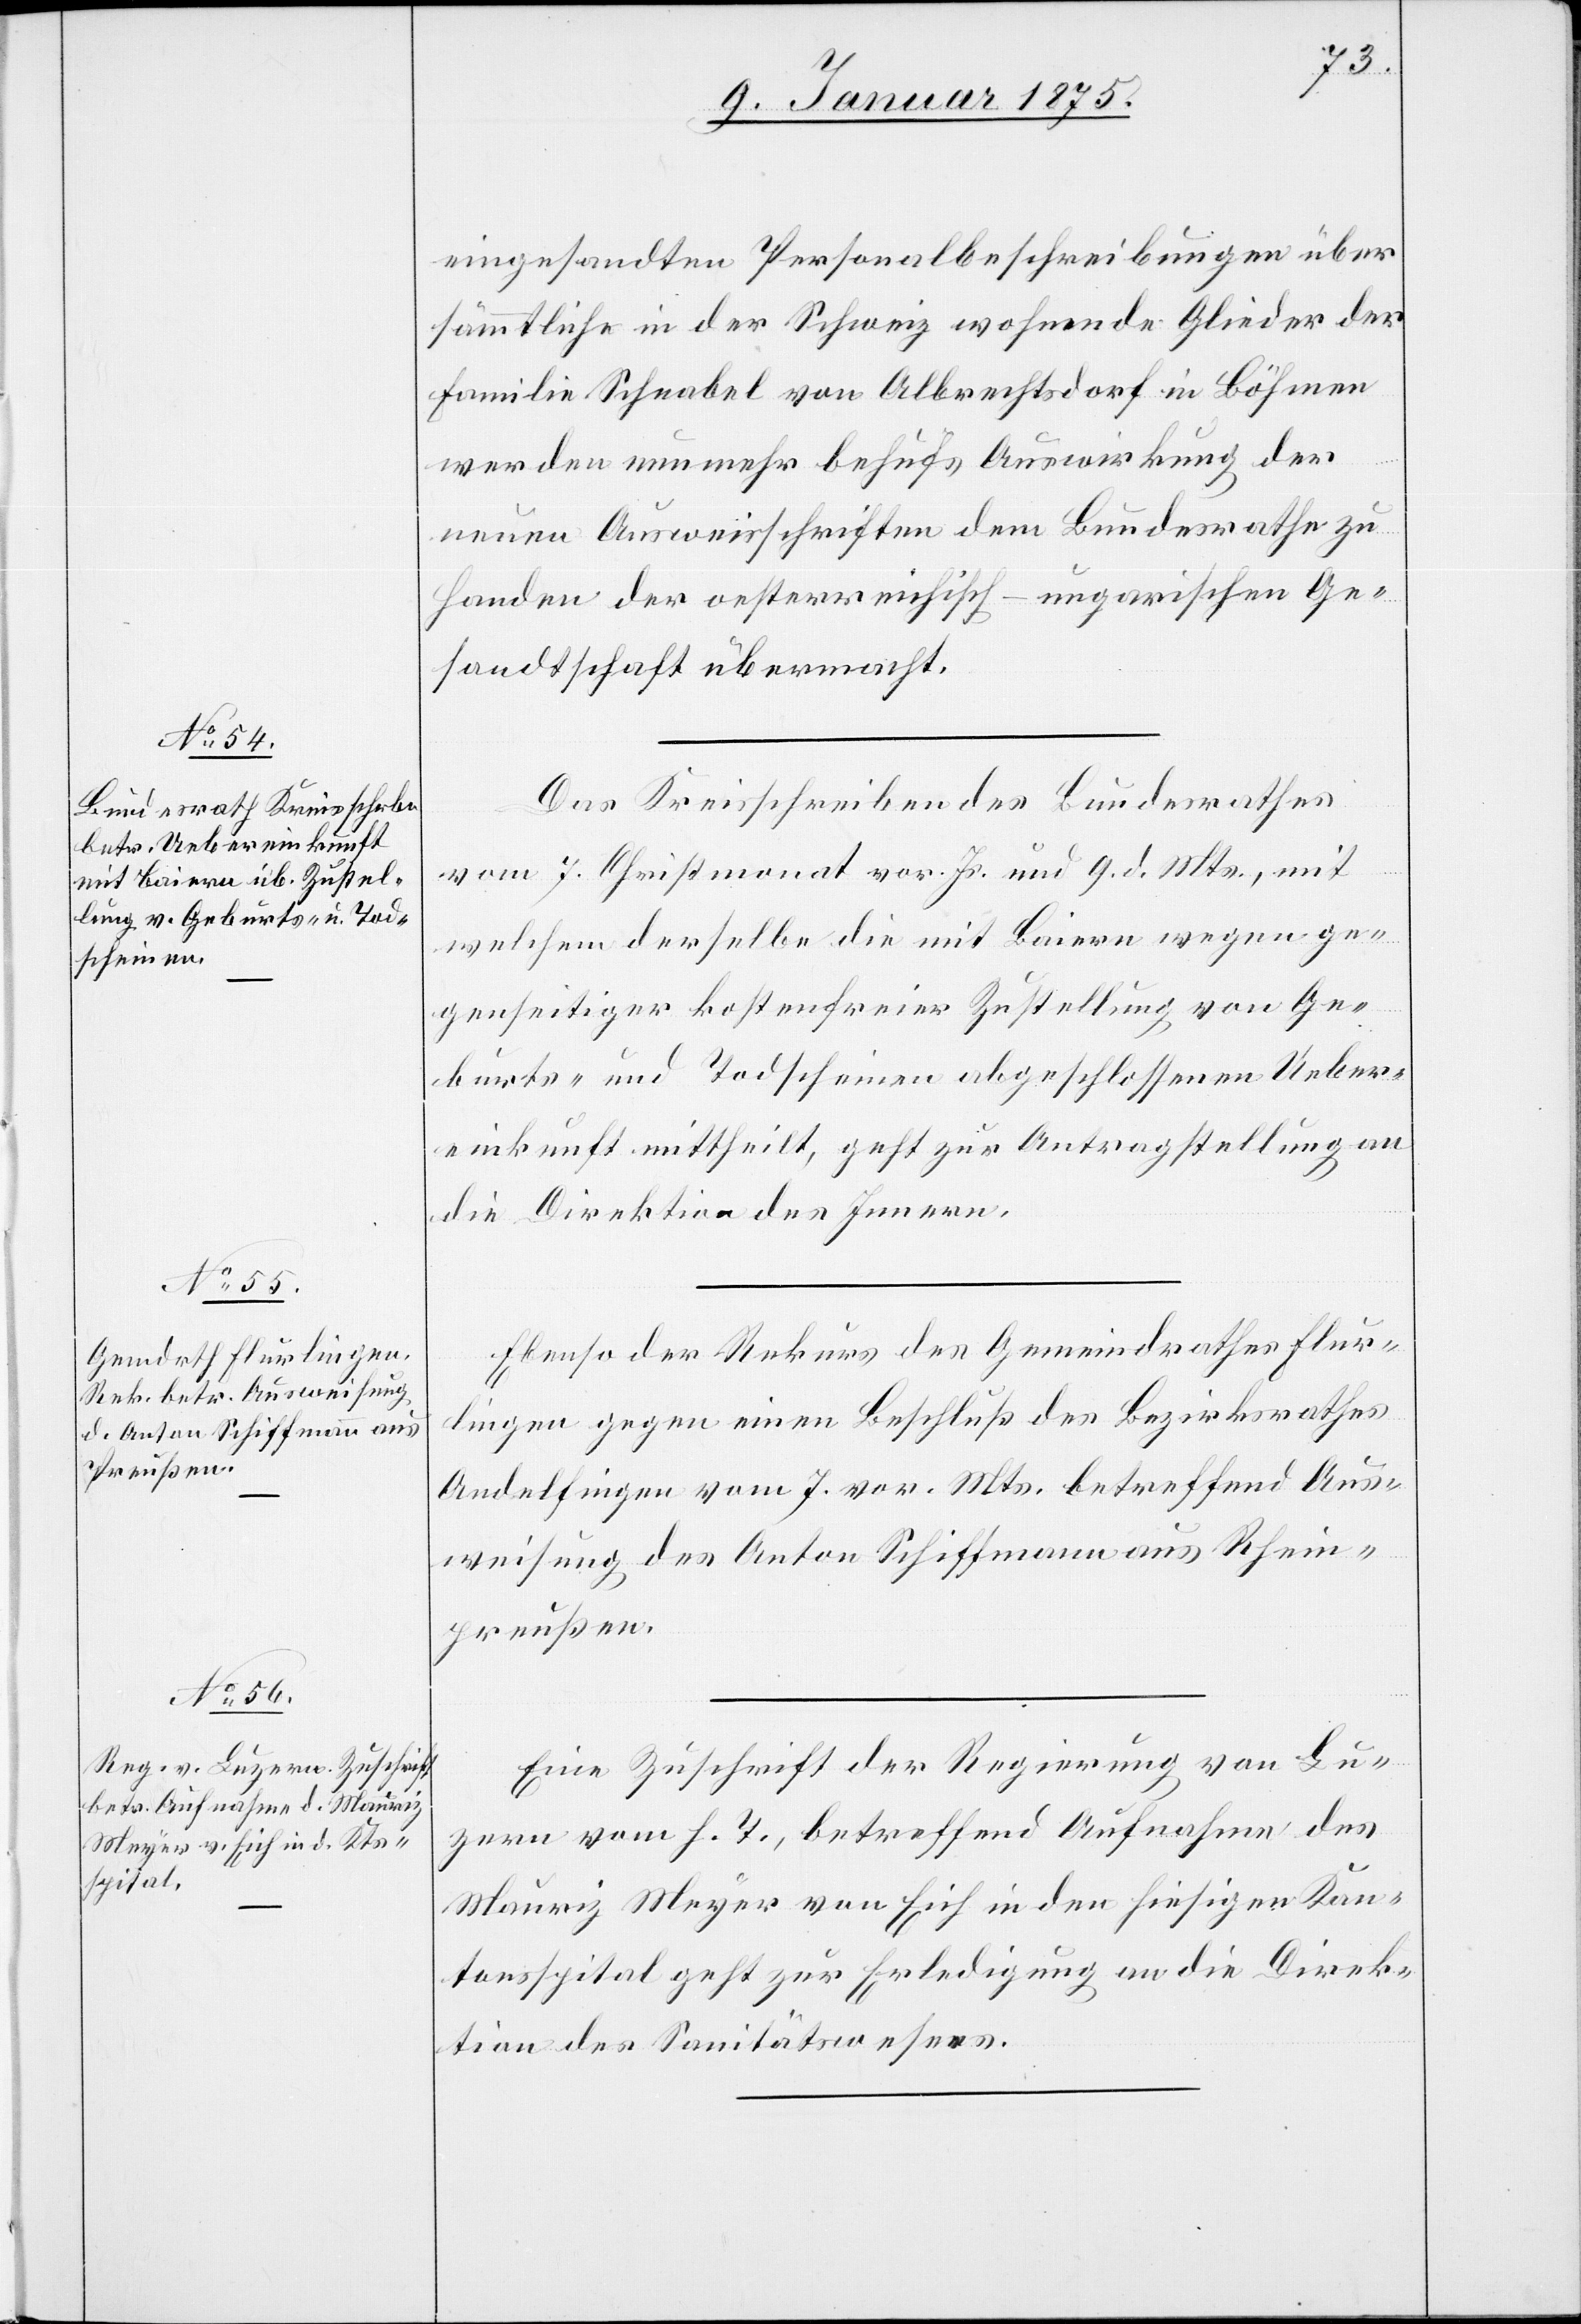
11. Januar 1875.]
eingesandten Personalbeschreibungen über
sämmtliche in der Schweiz wohnende Glieder der
Familie Schnabel von Albrechtsdorf in Böhmen
werden nunmehr behufs Auswirkung der
neuen Ausweisschriften dem Bundesrathe zu
Handen der oesterreichisch-ungarischen Ge¬
sandtschaft übermacht.
Das Kreisschreiben des Bundesrathes
vom 7. Christmonat vor. Js. und 9. d. Mts., mit
welchem derselbe die mit Baiern wegen ge¬
genseitiger kostenfreier Zustellung von Ge¬
burts- und Todscheinen abgeschlossenen Ueber¬
einkunft mittheilt, geht zur Antragstellung an
die Direktion des Innern.
Ebenso der Rekurs des Gemeindrathes Flur¬
lingen gegen einen Beschluß des Bezirksrathes
Andelfingen vom 7. vor. Mts. betreffend Aus¬
weisung des Anton Schiffmann aus Rhein¬
preußen.
Eine Zuschrift der Regierung von Lu¬
zern vom h. T., betreffend Aufnahme des
Mauriz Meyer von Eich in den hiesigen Kan¬
tonsspital geht zur Erledigung an die Direk¬
tion des Sanitätswesens.